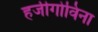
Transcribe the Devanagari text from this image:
हर्जीगोविना